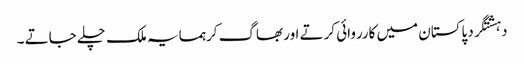
دہشتگرد پاکستان میں کارروائی کرتے اور بھاگ کرہمسایہ ملک چلے جاتے ۔